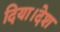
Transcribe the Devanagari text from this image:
दिया।देश